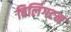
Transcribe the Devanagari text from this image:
विर्लिगटन